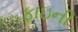
ફાઇની